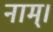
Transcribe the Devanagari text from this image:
नाम्।